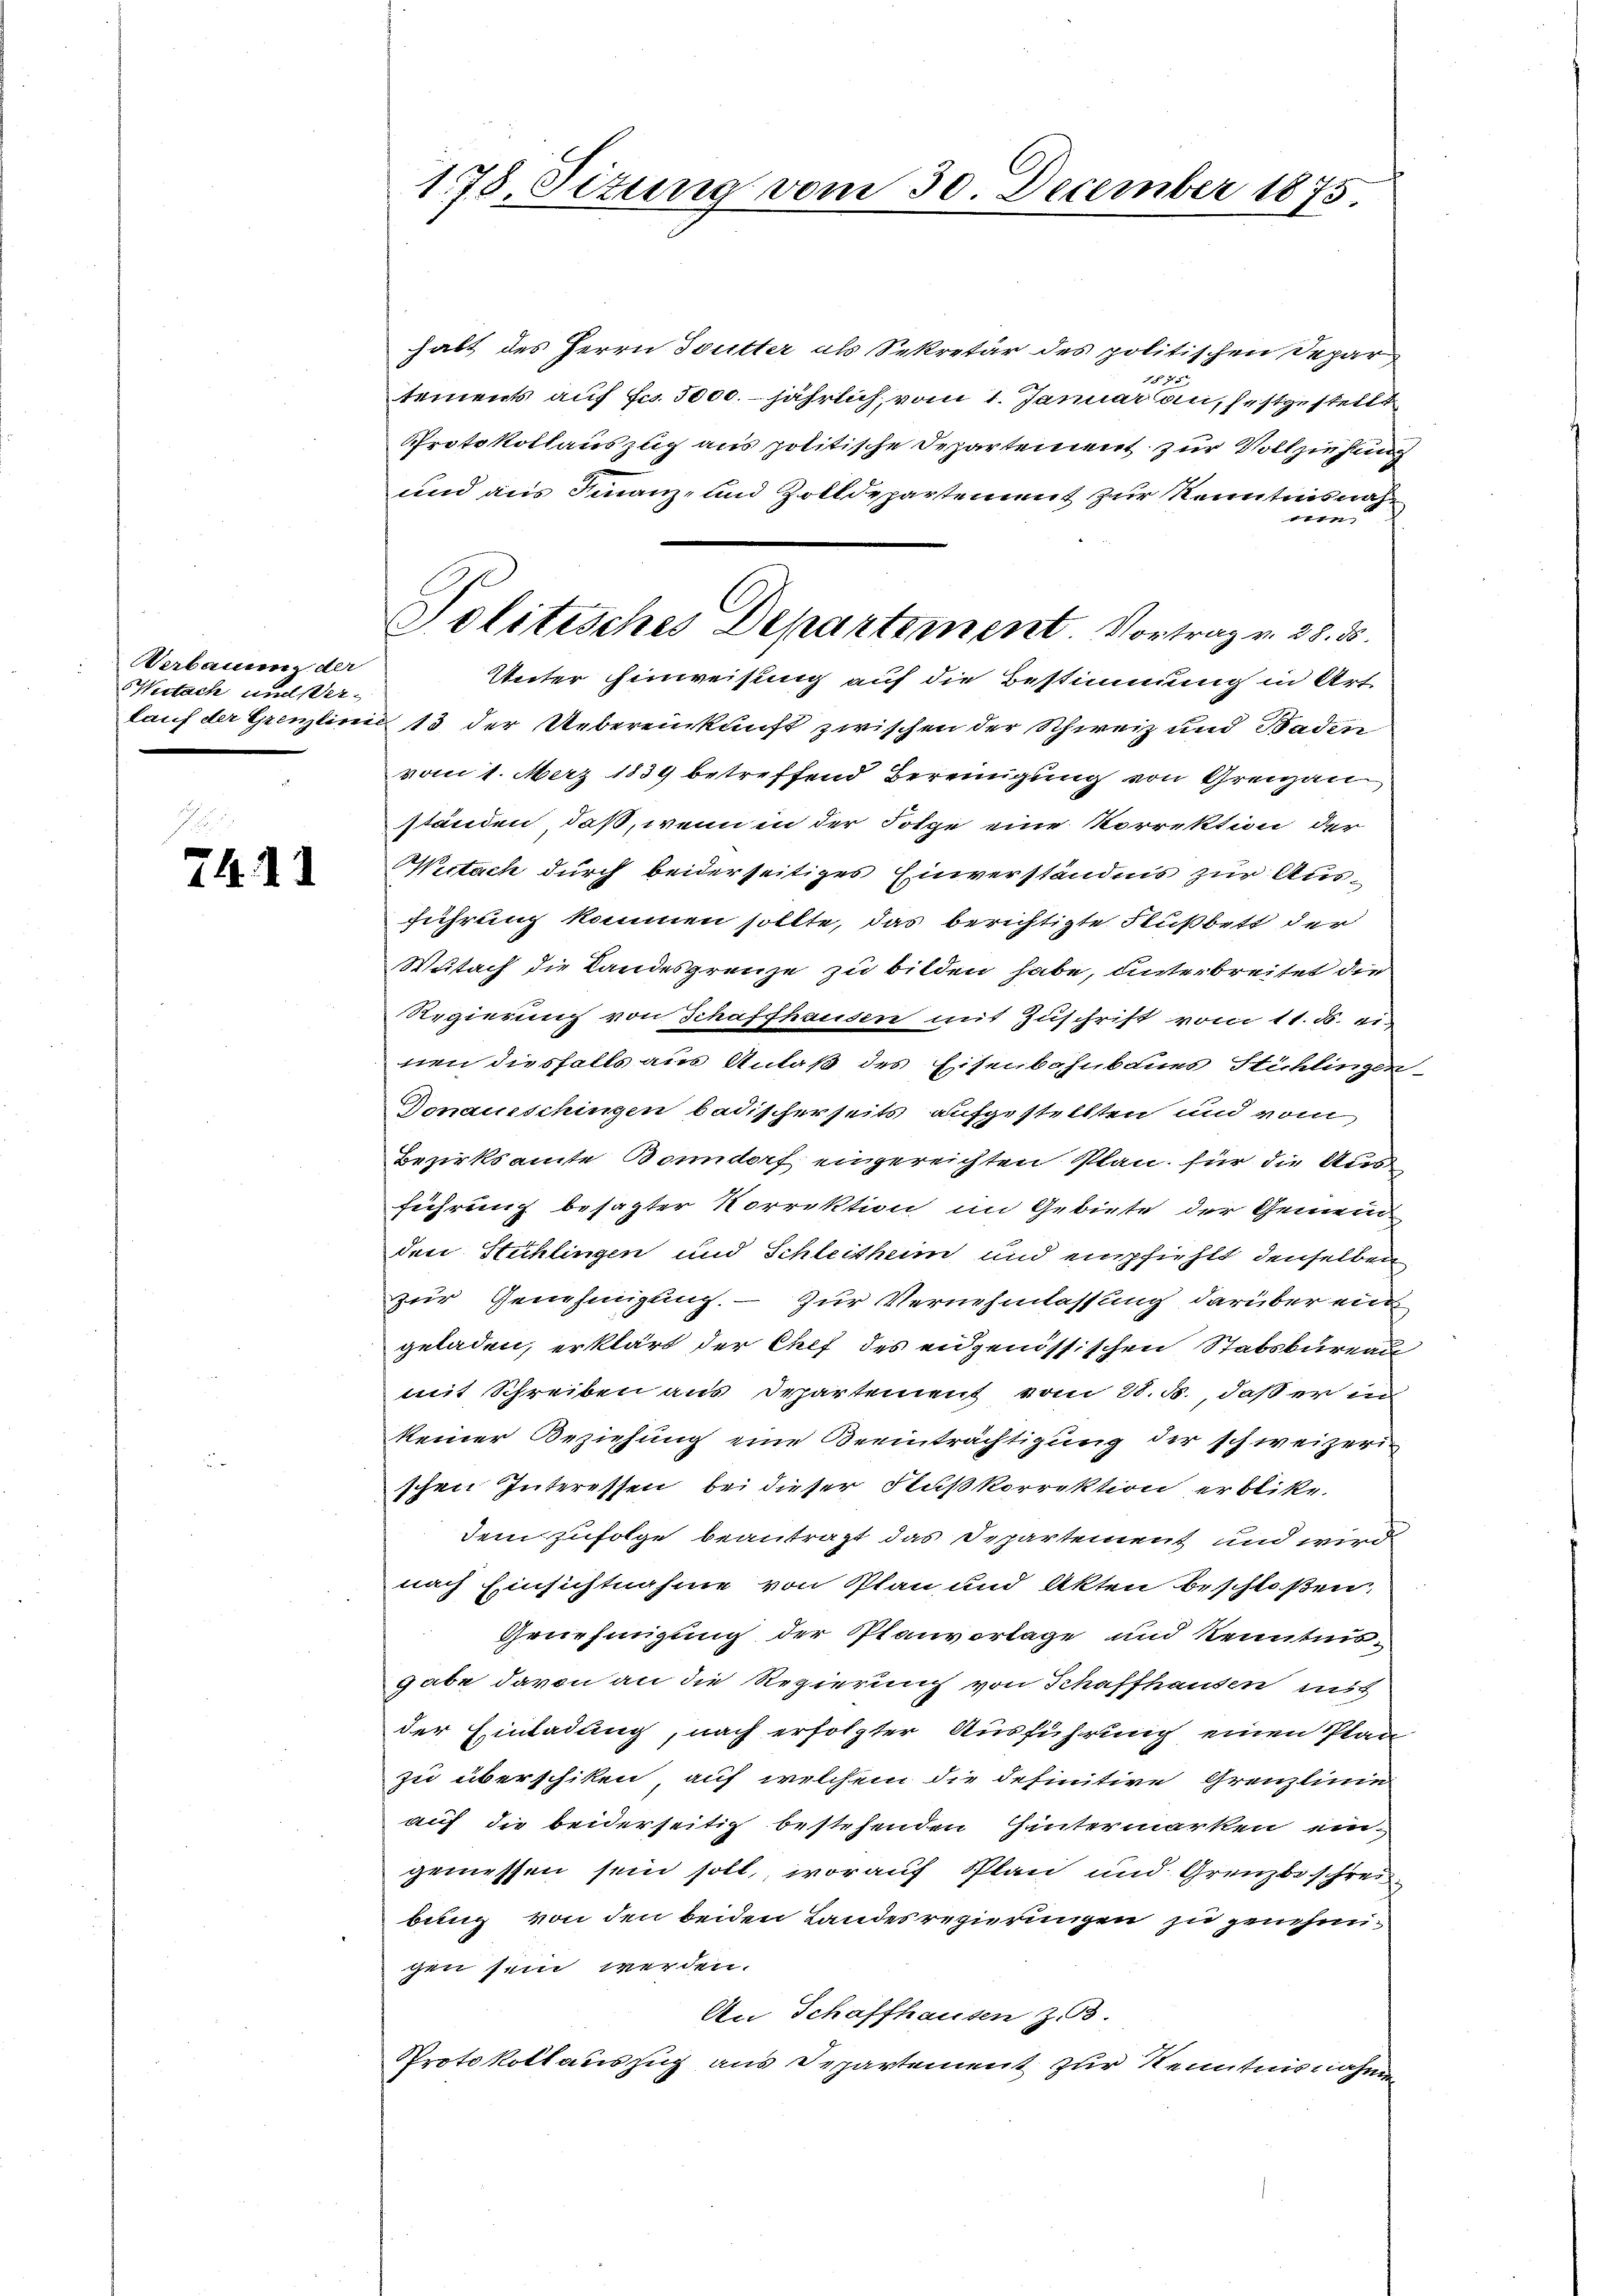
Verbauung der
iitach und Verlauf der Grenzlin
.

7411

178. Situng vom 30. December 1875

Politisches Departement Vortrag v. 28. 35.

halt des Herrn Toutter als Sekretär des politischen Depar
17.
tements auf Fr. 5000. jährlich, vom 1. Januar an, festgestellt
Protokollauszug aus politische Departement zur Vollziehung
und aus Finanz- und Zolldepartement zur Kenntnisnah
n
Unter Hinweisung auf die Bestimmung in Art.
13 der Uebereinkunft zwischen der Schweiz und Baden
vom 1. März 1839 betreffend Bereinigung von Grenzau
ständen, daß, wenn in der Folge eine Korrektion der
Witach durch beiderseitiges Einverständnis zur Ausführung kommen sollte, das berichtigte Flußbett der
Wutach die Landesgrenze zu bilden habe, unterbreitet die
Regierung von Schaffhausen mit Zuschrift vom 11. d. 11.
nen diesfalls aus Anlaß des Eisenbahnbaues Stühlingen
Donaueschingen badischerseits aufgestellten und vom
Bezirksamte Bonndorf eingereichten Plan für die Sum
führung besagter Korrektion im Gebiete der Gemein
den Stechlingen und Schleitheim und empfiehlt denselben
zur Genehmigung. - Zur Vernehmlassung darüber ein
geladen, erklärt der Chef des eidgenössischen Stabsbureau
mit Schreiben aus Departement vom 28. d., daß er in
keiner Beziehung eine Beeinträchtigung der schweizeri
schen Interessen bei dieser Flußkorrektion erblike.
dem zufolge beantragt das Departement und wird
nach Einsichtnahme von Plan und Akten beschloßen
Genehmigung der Planvorlage und kenntnis-
gabe davon an die Regierung von Schaffhausen ist
der Einladung, nach erfolgter Ausführung einen Plan
zu überschiken auf welchem die definitive Grenzlinie
auf die beiderseitig bestehenden Hintermarken ein-
gemessen sein soll, worauf Plan und Grenzbeschreibung von den beiden Landesregierungen zu genehmigen sein werden.
An Schaffhausen Z. 3.
Protokollauszug aus Departement zur Kenntnisnahmen